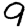
Digit: 9